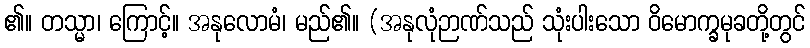
၏။ တသ္မာ၊ ကြောင့်။ အနုလောမံ၊ မည်၏။ (အနုလုံဉာဏ်သည် သုံးပါးသော ဝိမောက္ခမုခတို့တွင်